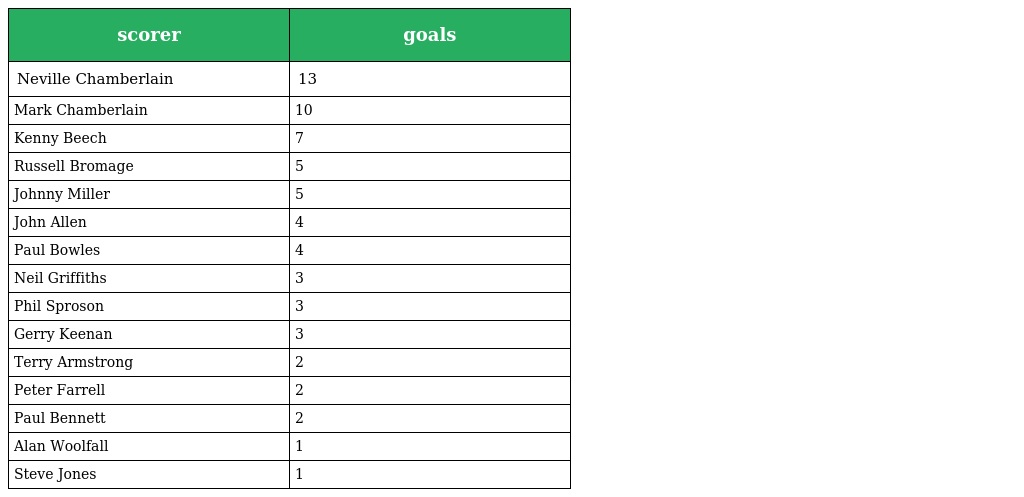
| scorer | goals |
 | --- | --- |
 | Neville Chamberlain | 13 |
 | Mark Chamberlain | 10 |
 | Kenny Beech | 7 |
 | Russell Bromage | 5 |
 | Johnny Miller | 5 |
 | John Allen | 4 |
 | Paul Bowles | 4 |
 | Neil Griffiths | 3 |
 | Phil Sproson | 3 |
 | Gerry Keenan | 3 |
 | Terry Armstrong | 2 |
 | Peter Farrell | 2 |
 | Paul Bennett | 2 |
 | Alan Woolfall | 1 |
 | Steve Jones | 1 |